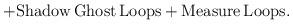
LaTeX: \begin{align*}+{\rm Shadow\,Ghost\,Loops}+{\rm Measure\,Loops}.\end{align*}